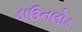
ડાઉનલોડ